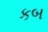
કબ